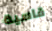
قاسية